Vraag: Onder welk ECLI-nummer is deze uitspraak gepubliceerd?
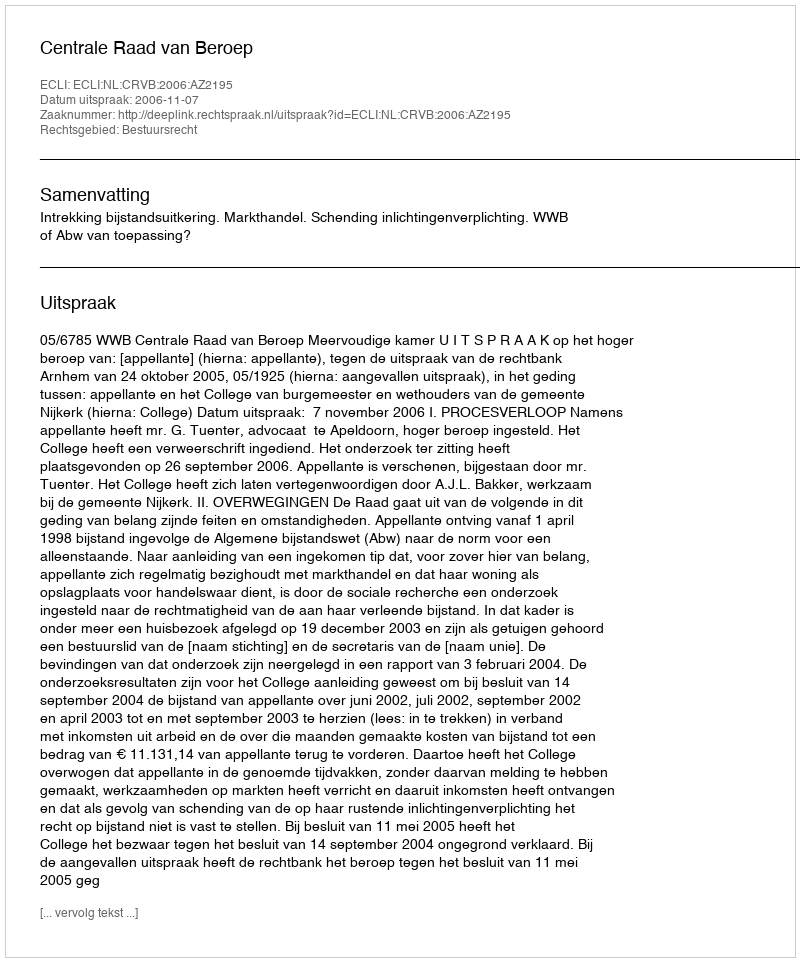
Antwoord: ECLI:NL:CRVB:2006:AZ2195